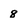
Character: 8